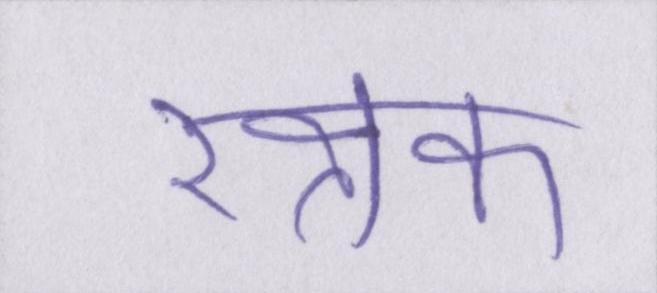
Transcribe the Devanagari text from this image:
रक्षक